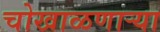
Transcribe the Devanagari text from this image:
चोखाळणाऱ्या